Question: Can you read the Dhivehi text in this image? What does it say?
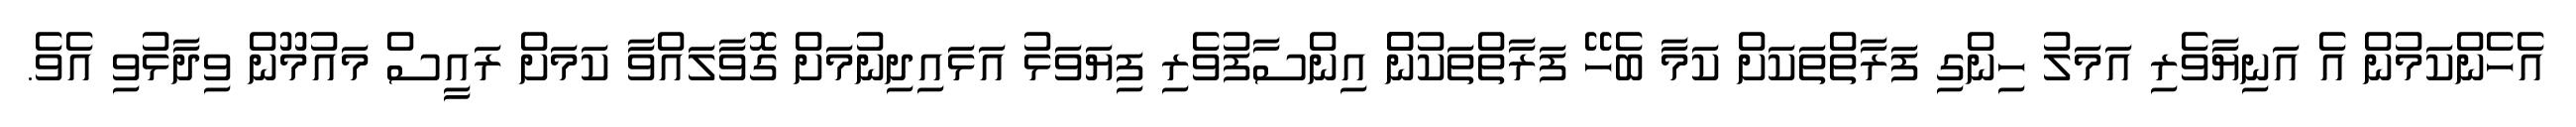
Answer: އެހެންކަމުން އެ އަނިޔާވެރި އަމަލު ހިންގި ފަރާތްތަކަށް ކަމާ ބެހޭ ފަރާތްތަކުންް އިންސާފުވެރި ފިޔަވަޅު އަޅައިދިނުމަށް ގޮވާލައްވާ ކަމަށް ރައީސް މައުމޫން ވިދާޅުވި އެވެ.